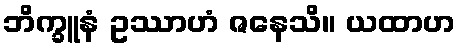
ဘိက္ခူနံ ဥဿာဟံ ဇနေသိ။ ယထာဟ